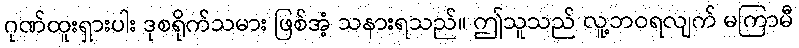
ဂုဏ်ထူးရှားပါး ဒုစရိုက်သမား ဖြစ်အံ့ သနားရသည်။ ဤသူသည် လူ့ဘဝရလျက် မကြာမီ